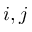
i , j